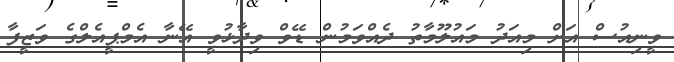
ވީނިއުސް އަށް މިއަދު މައުލޫމާތު ދެއްވަމުން ޑޭވް ވިދާޅުވީ އޭނާ އެމްޕީއެލްގެ ވަޒީފާ